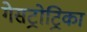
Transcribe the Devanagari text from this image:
गेसट्रोट्रिका